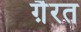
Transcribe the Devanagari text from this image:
गै़रत